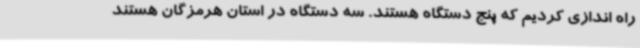
راه اندازی کردیم که پنج دستگاه هستند. سه دستگاه در استان هرمزگان هستند